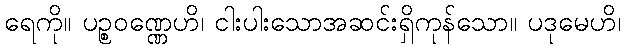
ရေကို။ ပဉ္စဝဏ္ဏေဟိ၊ ငါးပါးသောအဆင်းရှိကုန်သော။ ပဒုမေဟိ၊